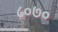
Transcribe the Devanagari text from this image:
८०७०